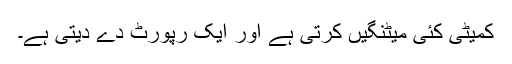
کمیٹی کئی میٹنگیں کرتی ہے اور ایک رپورٹ دے دیتی ہے۔